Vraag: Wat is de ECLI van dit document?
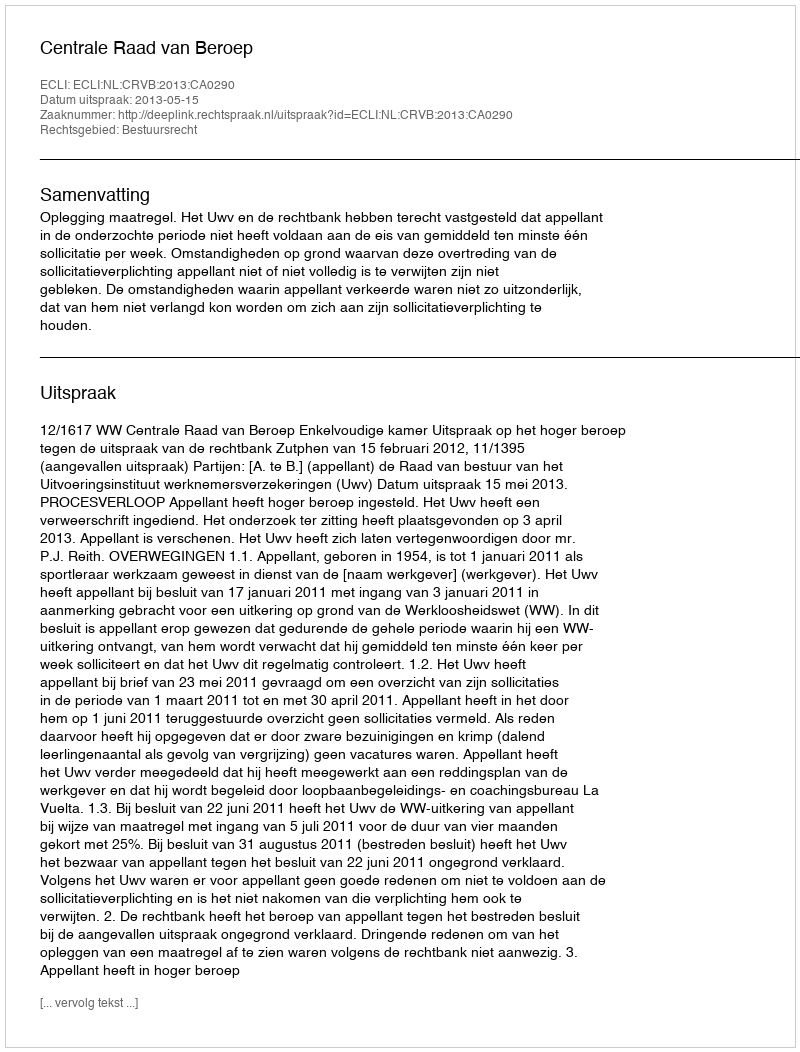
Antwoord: ECLI:NL:CRVB:2013:CA0290